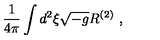
\frac { 1 } { 4 \pi } \int d ^ { 2 } \xi \sqrt { - g } R ^ { ( 2 ) } \ ,